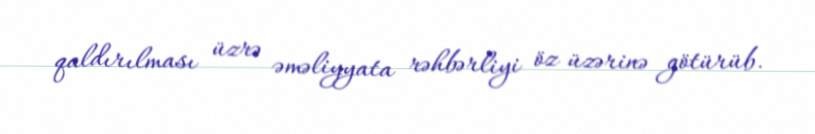
qaldırılması üzrə əməliyyata rəhbərliyi öz üzərinə götürüb.